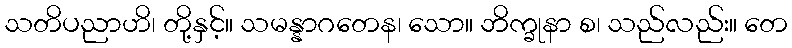
သတိပညာဟိ၊ တို့နှင့်။ သမန္နာဂတေန၊ သော။ ဘိက္ခုနာ စ၊ သည်လည်း။ တေ